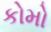
કોમો